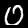
Digit: 0